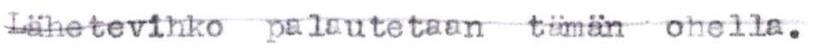
Lähetevihko palautetaan tämän ohella.